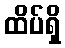
ထိပ်ရှိ